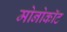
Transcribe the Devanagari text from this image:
मोनोकॉट